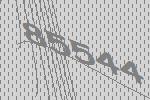
85544